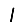
Digit: 1